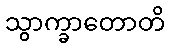
သွာက္ခာတောတိ